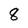
Character: 8